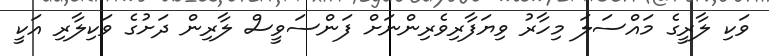
ވަކި ލާރީގެ މައްސަލަ މިހާރު ވިޔަފާރިވެރިންނަށް ފަންސަވީސް ލާރިން ދަށުގެ ވަކިލާރި އަކީ